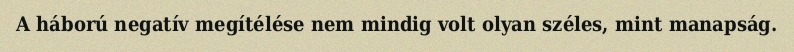
A háború negatív megítélése nem mindig volt olyan széles, mint manapság.